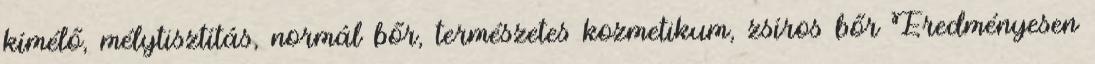
kímélő, mélytisztítás, normál bőr, természetes kozmetikum, zsíros bőr Eredményesen